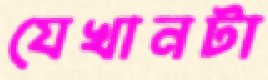
যেখানটা